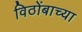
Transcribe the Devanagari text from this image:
विठोंबाच्या